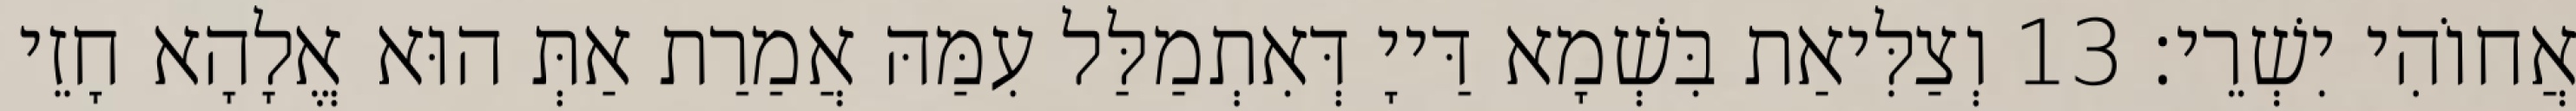
אֲחוֹהִי יִשְׁרֵי׃ 13 וְצַלִּיאַת בִּשְׁמָא דַּייָ דְּאִתְמַלַּל עִמַּהּ אֲמַרַת אַתְּ הוּא אֱלָהָא חָזֵי